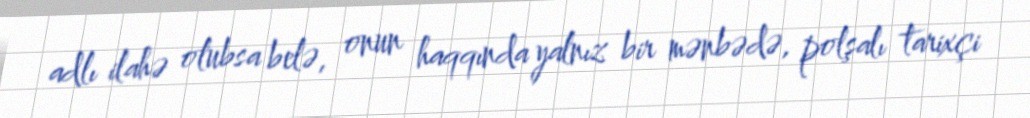
adlı ilahə olubsa belə, onun haqqında yalnız bir mənbədə, polşalı tarixçi